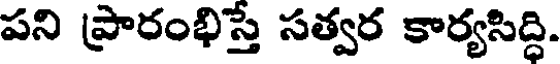
పని ప్రారంభిస్తే సత్వర కార్యసిద్ధి.